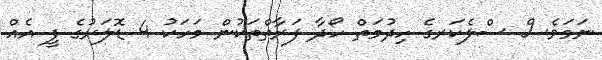
ނަމަވެސް ސްލެކަރގެ ހިދުމަތް ހޯދާ ފަރާތްތަކުން މަހަކު 4 ޑޮލަރުގެ ފީ އެއް